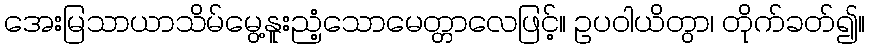
အေးမြသာယာသိမ်မွေ့နူးညံ့သောမေတ္တာလေဖြင့်။ ဥပဝါယိတွာ၊ တိုက်ခတ်၍။